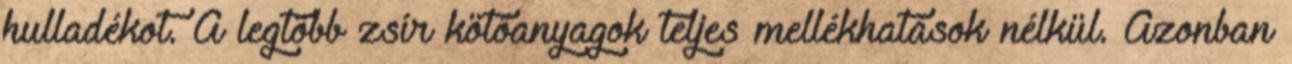
hulladékot. A legtöbb zsír kötőanyagok teljes mellékhatások nélkül. Azonban